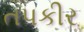
તપકીર